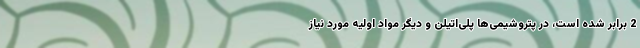
2 برابر شده است، در پتروشیمی‌ها پلی‌اتیلن و دیگر مواد اولیه مورد نیاز